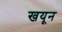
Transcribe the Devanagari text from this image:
खयून